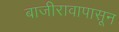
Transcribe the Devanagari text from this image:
बाजीरावापासून